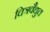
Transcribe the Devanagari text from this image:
चित्रवैद्युत